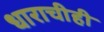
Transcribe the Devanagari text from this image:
धाराचीही